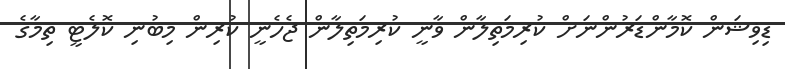
ޑިޥިޝަން ކޮމާންޑަރުންނަށް ކުރިމަތިލާން ވާނީ ކުރިމަތިލާން ޖެހެނީ ކުރިން މިބުނި ކޮލެޓީ ތިމާގެ